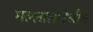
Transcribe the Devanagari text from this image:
मल्लालादेखील